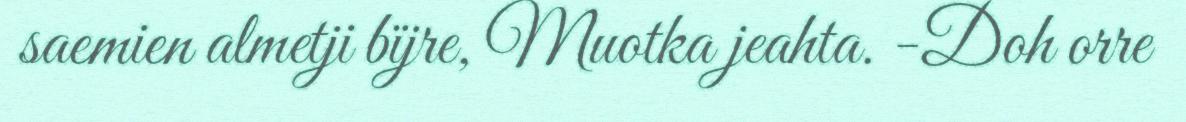
saemien almetji bïjre, Muotka jeahta. -Doh orre